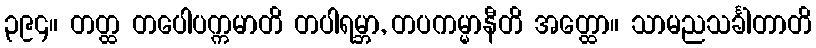
၃၉၄။ တတ္ထ တပေါပက္ကမာတိ တပါရမ္ဘာ, တပကမ္မာနီတိ အတ္ထော။ သာမညသင်္ခါတာတိ